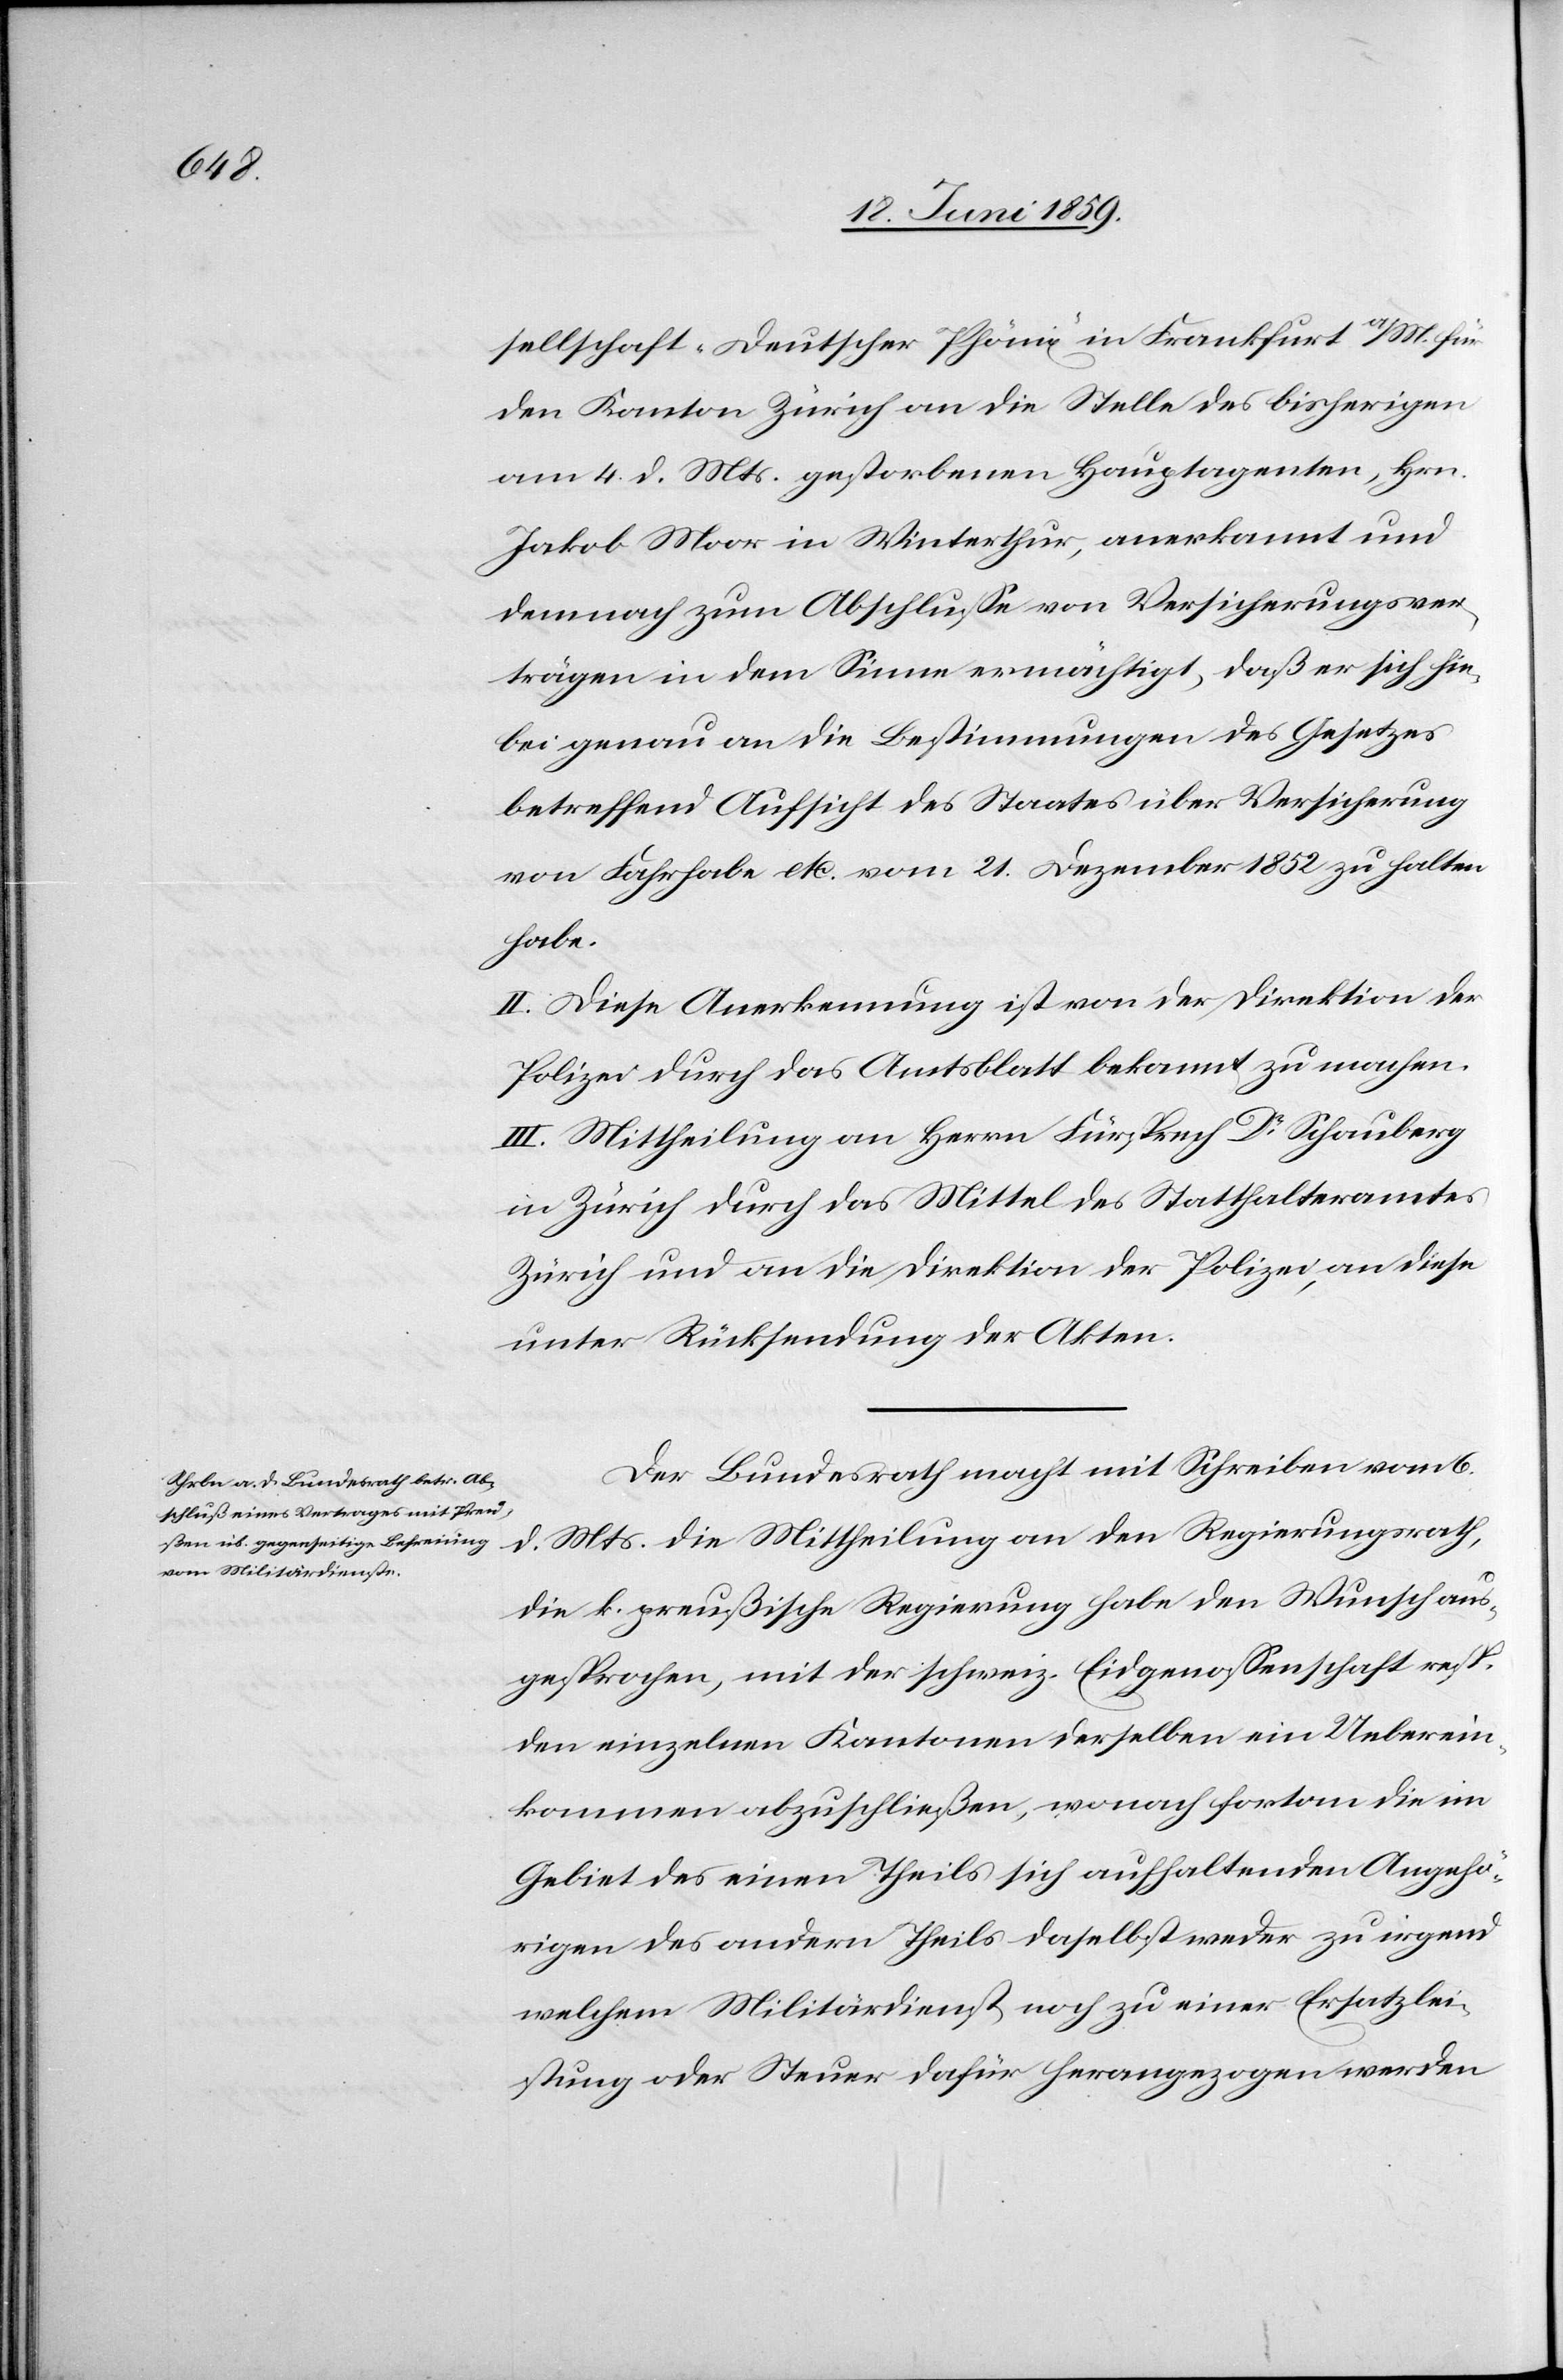
sellschaft „Deutscher Phönix“ in Frankfurt a/M. für
den Kanton Zürich an die Stelle des bisherigen
am 4. d. Mts. gestorbenen Hauptagenten, Hrn.
Jakob Moor in Winterthur, anerkannt und
demnach zum Abschlusse von Versicherungsver¬
trägen in dem Sinne ermächtigt, daß er sich hie¬
bei genau an die Bestimmungen des Gesetzes
betreffend Aufsicht des Staates über Versicherung
von Fahrhabe etc. vom 21. Dezember 1852 zu halten
habe.
II. Diese Anerkennung ist von der Direktion der
Polizei durch das Amtsblatt bekannt zu machen.
III. Mittheilung an Herrn Fürsprech Dr Schauberg
in Zürich durch das Mittel des Statthalteramtes
Zürich und an die Direktion der Polizei, an diese
unter Rücksendung der Akten.
Der Bundesrath macht mit Schreiben vom 6.
d. Mts. die Mittheilung an den Regierungsrath,
die k. preußische Regierung habe den Wunsch aus¬
gesprochen, mit der schweiz. Eidgenossenschaft resp.
den einzelnen Kantonen derselben ein Ueberein¬
kommen abzuschließen, wonach fortan die im
Gebiet des einen Theils sich aufhaltenden Angehö¬
rigen des andern Theils daselbst weder zu irgend
welchem Militärdienst, noch zu einer Ersatzlei¬
stung oder Steuer dafür herangezogen werden